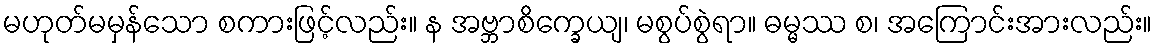
မဟုတ်မမှန်သော စကားဖြင့်လည်း။ န အဗ္ဘာစိက္ခေယျ၊ မစွပ်စွဲရာ။ ဓမ္မဿ စ၊ အကြောင်းအားလည်း။